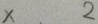
x . 2